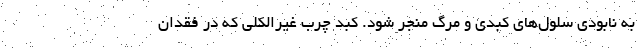
به نابودی سلول‌های کبدی و مرگ منجر شود. کبد چرب غیرالکلی که در فقدان